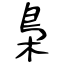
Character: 梟